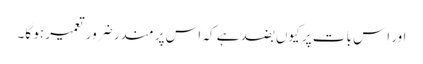
اور اِس بات پر کیوں بضد ہے کہ اس پر مندر ضرور تعمیر ہو گا۔